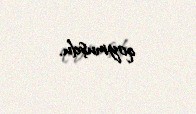
qoymuşdu.